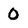
Character: O